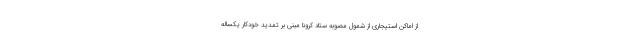
از اماکن استیجاری از شمول مصوبه ستاد کرونا مبنی بر تمدید خودکار یکساله